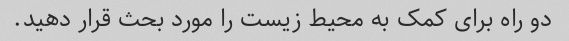
دو راه برای کمک به محیط زیست را مورد بحث قرار دهید.